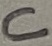
Text: C